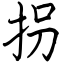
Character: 拐